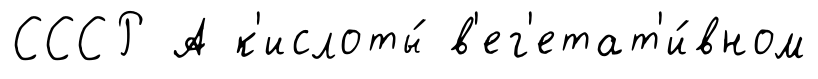
СССР А к'ислоты́ в'ег'етат'и́вном